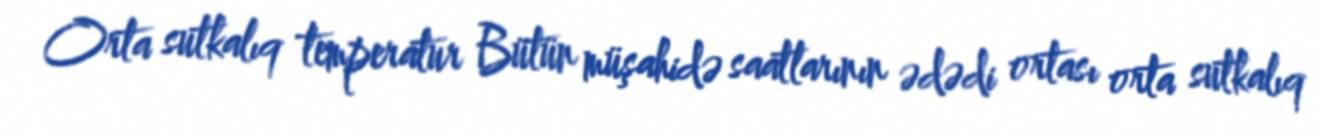
Orta sutkalıq temperatur Bütün müşahidə saatlarının ədədi ortası orta sutkalıq